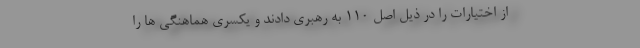
از اختیارات را در ذیل اصل 110 به رهبری دادند و یکسری هماهنگی ها را